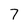
Character: 7